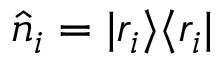
\hat { n } _ { i } = | r _ { i } \rangle \langle r _ { i } |